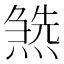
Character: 𤍹